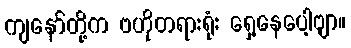
ကျနော်တို့က ဗဟိုတရားရုံး ရှေ့နေပေါ့ဗျာ။